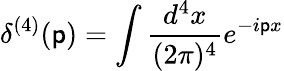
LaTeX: \delta^{(4)}(\mathsf{p})=\int\frac{{d^{4}x}}{{(2\pi)^{4}}}e^{-i\mathsf{p}x}